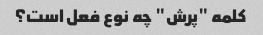
کلمه "پرش" چه نوع فعل است؟